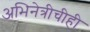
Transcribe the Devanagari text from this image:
अभिनेत्रीचीही